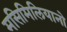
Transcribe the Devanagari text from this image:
मसिमिलियानो